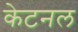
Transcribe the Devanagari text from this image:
केटनल